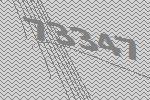
73347